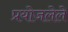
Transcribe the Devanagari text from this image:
प्रयोजलेले